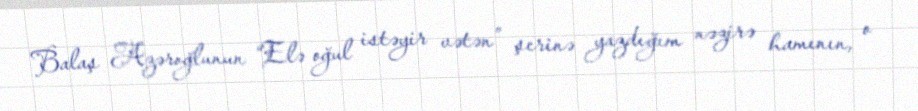
Balaş Azəroğlunun “Elə oğul istəyir vətən” şerinə yazdığım nəzirə hamının, o